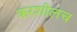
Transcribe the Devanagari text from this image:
करशीलच